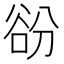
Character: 𧮱